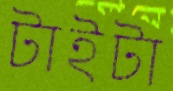
টাইটা